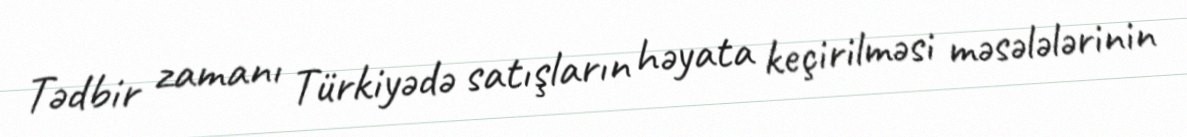
Tədbir zamanı Türkiyədə satışların həyata keçirilməsi məsələlərinin